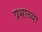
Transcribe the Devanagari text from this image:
प्रभाच्या